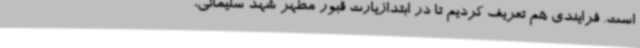
است. فرایندی هم تعریف کردیم تا در ابتدازیارت قبور مطهر شهد سلیمانی،